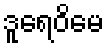
ဒူရေဝိမေ